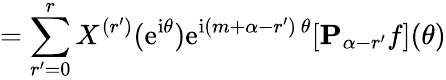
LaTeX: =\sum_{r^{\prime}=0}^{r}X^{(r^{\prime})}(\mathrm{e}^{\mathrm{i}\theta})\mathrm{e}^{\mathrm{i}(m+\alpha-r^{\prime})\ {\theta}}[{\mathbf P}_{\alpha-r^{\prime}}{f}](\theta)